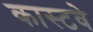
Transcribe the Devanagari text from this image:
कास्टवे